King Institute of Preventive Medicine Micro-Biological Section reports 1912-19
Year: 1912
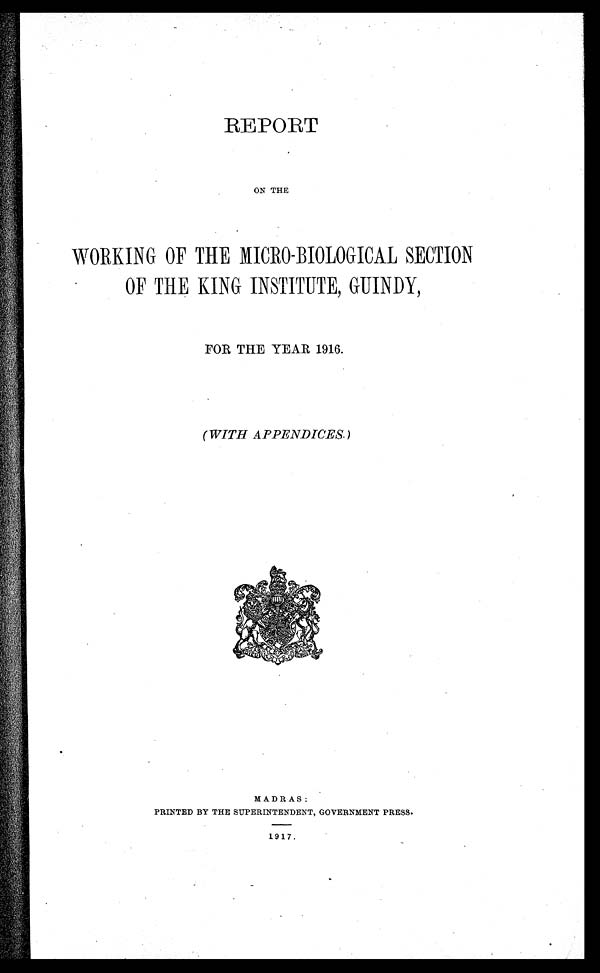
REPORT
ON THE
WORKING OF THE MICRO-BIOLOGICAL SECTION
OF THE KING INSTITUTE, GUINDY,
FOR THE YEAR 1916.
(WITH APPENDICES.)
MADRAS:
PRINTED BY THE SUPERINTENDENT, GOVERNMENT PRESS.
1917.